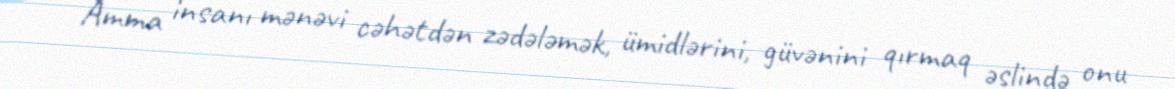
Amma insanı mənəvi cəhətdən zədələmək, ümidlərini, güvənini qırmaq əslində onu